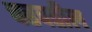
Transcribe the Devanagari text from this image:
चढवतील